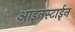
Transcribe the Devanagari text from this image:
आइनस्टाईन